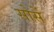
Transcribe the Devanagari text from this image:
सोसें